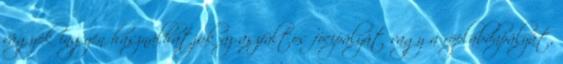
vágyók ingyen használhatják az aszfaltos focipályát vagy a röplabdapályát,